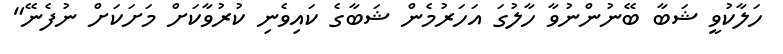
ހަލާކުވީ ޝަބާ ބޭނުންނުވާ ހާލުގަ އަހަރުމެން ޝަބާގެ ކައިވެނި ކުރުވާކަށް މަށަކަށް ނުފެނޭ"